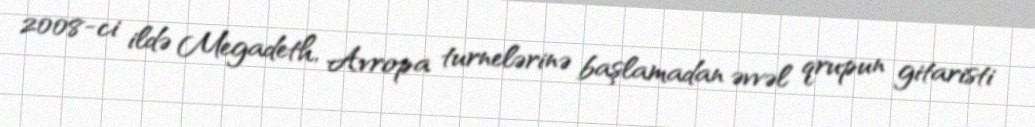
2008-ci ildə Megadeth, Avropa turnelərinə başlamadan əvvəl qrupun gitaristi